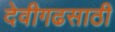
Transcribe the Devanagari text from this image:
देवीगढसाठी